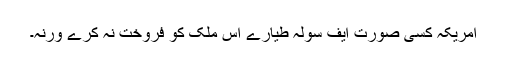
﻿ امریکہ کسی صورت ایف سولہ طیارے اس ملک کو فروخت نہ کرے ورنہ۔